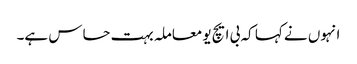
انہوں نے کہا کہ بی ایچ یو معاملہ بہت حساس ہے۔